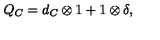
Q _ { C } = d _ { C } \otimes 1 + 1 \otimes \delta ,